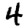
Digit: 4